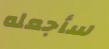
سأجعله